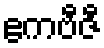
ဧကဗီဇီ